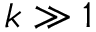
k \gg 1